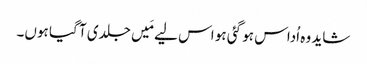
شاید وہ اُداس ہو گئی ہو اس لیے مَیں جلدی آ گیا ہوں۔